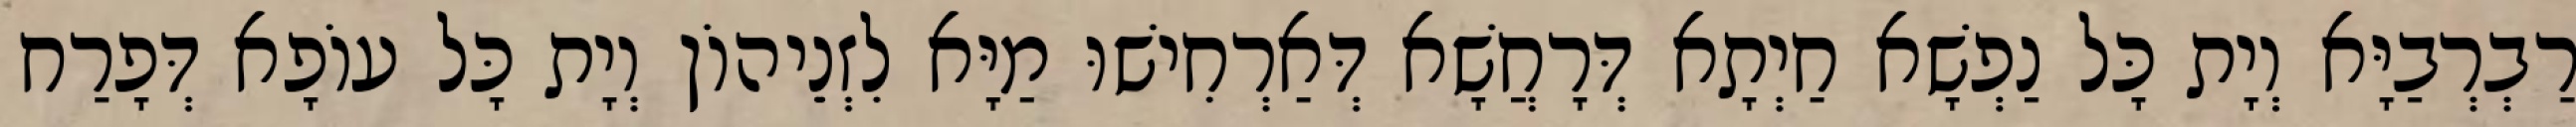
רַבְרְבַיָּא וְיָת כָּל נַפְשָׁא חַיְתָא דְּרָחֲשָׁא דְּאַרְחִישׁוּ מַיָּא לִזְנֵיהוֹן וְיָת כָּל עוֹפָא דְּפָרַח